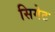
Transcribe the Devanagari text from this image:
सिगेट